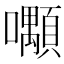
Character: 𡅑